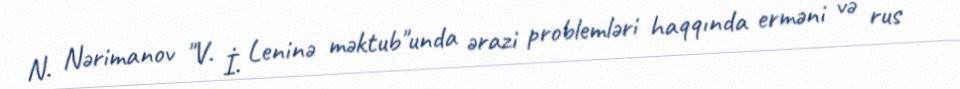
N. Nərimanov "V. İ. Leninə məktub"unda ərazi problemləri haqqında erməni və rus